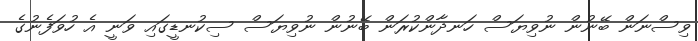
ވިސްނަން ބޭނުން ނުވިޔަސް ހަނދާންކުރަން ބޭނުން ނުވިޔަސް ސިކުނޑީގައި ވަނީ އެ ހުވަފެނުގެ